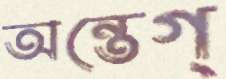
অন্তেগ্